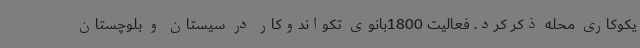
یکوکاری محله ذکر کرد. فعالیت 1800بانوی تکواندوکار در سیستان و بلوچستان